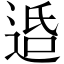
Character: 𨓈